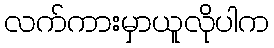
လက်ကားမှာယူလိုပါက